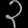
Digit: ၃